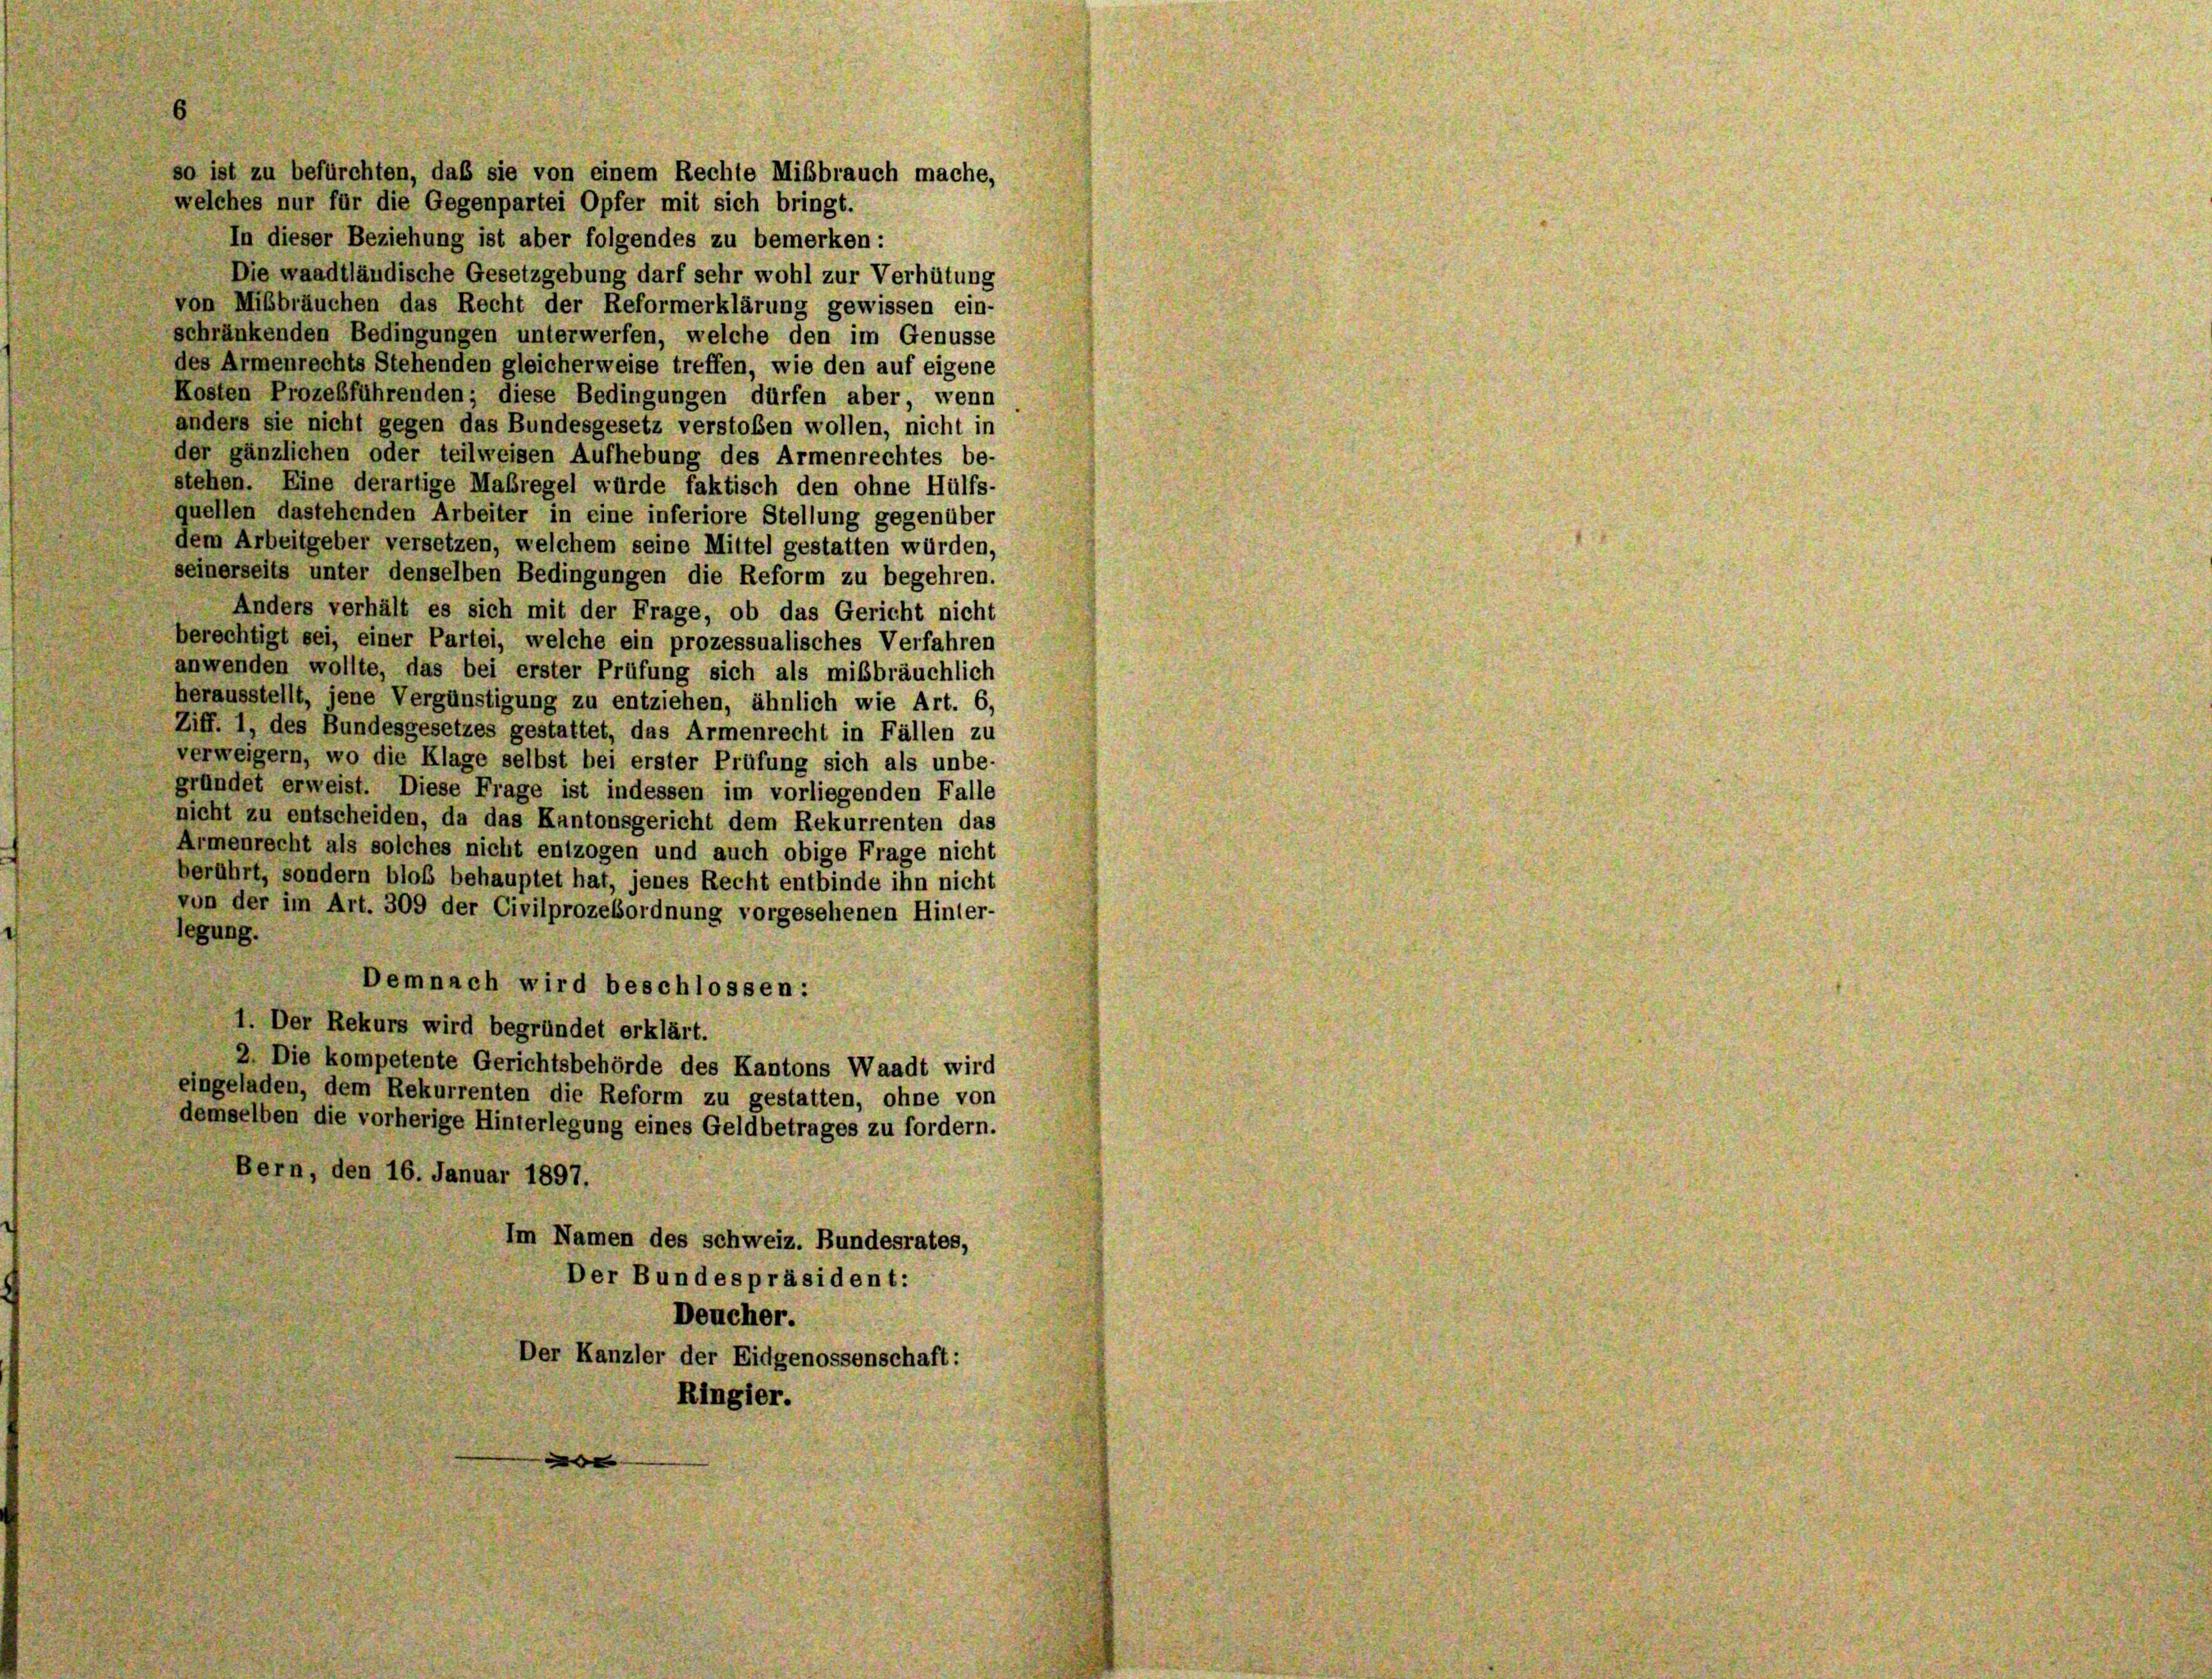
welches nur für die Gegenpartei Opfer mit sich bringt.
In dieser Beziehung ist aber folgendes zu bemerken:
Die waadtländische Gesetzgebung darf sehr wohl zur Verhütung
von Mißbräuchen das Recht der Reformerklärung gewissen ein-
schränkenden Bedingungen unterwerfen, welche den im Genüsse
des Armenrechts Stehenden gleicherweise treffen, wie den auf eigene
Kosten Prozeßführenden; diese Bedingungen dürfen aber, wenn
anders sie nicht gegen das Bundesgesetz verstoßen wollen, nicht in
der gänzlichen oder teilweisen Aufhebung des Armenrechtes be-
stehen. Eine derartige Maßregel würde faktisch den ohne Hülfs-
quellen dastehenden Arbeiter in eine inferiore Stellung gegenüber
dem Arbeitgeber versetzen, welchem seine Mittel gestatten würden,
seinerseits unter denselben Bedingungen die Reform zu begehren.
Anders verhält es sich mit der Frage, ob das Gericht nicht
berechtigt sei, einer Partei, welche ein prozessualisches Verfahren
anwenden wollte, das bei erster Prüfung sich als mißbräuchlich
herausstellt, jene Vergünstigung zu entziehen, ähnlich wie Art. 6,
Ziff. 1, des Bundesgesetzes gestattet, das Armenrecht in Fällen zu
verweigern, wo die Klage selbst bei erster Prüfung sich als unbe-
gründet erweist. Diese Frage ist indessen im vorliegenden Falle
nicht zu entscheiden, da das Kantonsgericht dem Rekurrenten das
Armenrecht als solches nicht entzogen und auch obige Frage nicht
berührt, sondern bloß behauptet hat, jenes Recht entbinde ihn nicht
von der im Art. 309 der Civilprozeßordnung vorgesehenen Hinter-
legung.
Demnach wird beschlossen:
1. Der Rekurs wird begründet erklärt.
2. Die kompetente Gerichtsbehörde des Kantons Waadt wird
eingeladen, dem Rekurrenten die Reform zu gestatten, ohne von
demselben die vorherige Hinterlegung eines Geldbetrages zu fordern.
Bern, den 16. Januar 1897.
Im Namen des Schweiz. Bundesrates,
Der Bundespräsident:
Deucher.
Der Kanzler der Eidgenossenschaft:
Ringier.

so ist zu befürchten, daß sie von einem Rechte Mißbrauch mache,